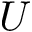
U